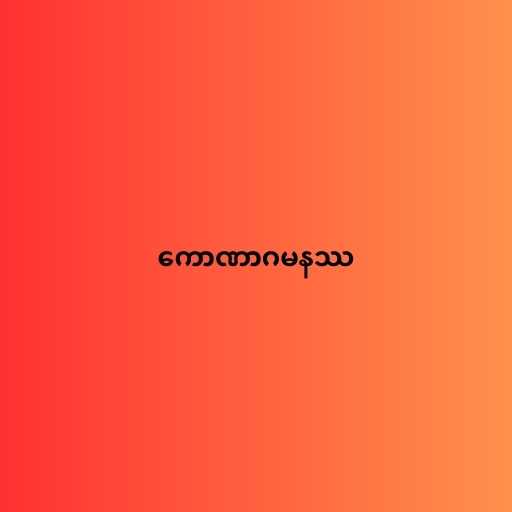
ကောဏာဂမနဿ